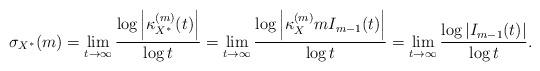
LaTeX: \begin{align*} \sigma_{X^*}(m) = \lim_{t\to \infty} \frac{\log \left| \kappa_{X^*}^{(m)}(t) \right|}{\log t} = \lim_{t\to \infty} \frac{\log \left| \kappa_X^{(m)} m I_{m-1}(t) \right|}{\log t} = \lim_{t\to \infty} \frac{\log \left| I_{m-1}(t) \right|}{\log t}.\end{align*}